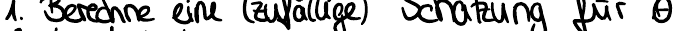
1. Berechne eine (zufällige) Schätzung für 0